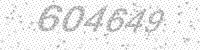
Solution: 604649